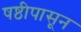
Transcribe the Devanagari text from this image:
षष्ठीपासून